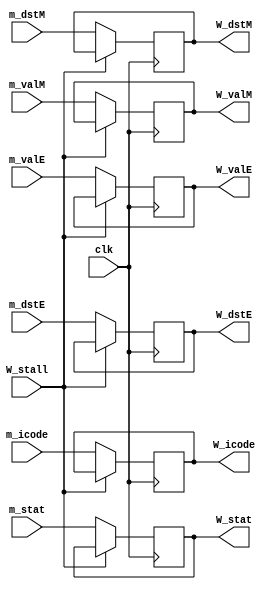
`timescale 1ns / 1ps

module w_register (
    input clk, W_stall,
    input [1:0] m_stat,
    input [3:0] m_icode,
    input [63:0] m_valE,
    input [63:0] m_valM,
    input [3:0] m_dstE,
    input [3:0] m_dstM,

    output reg [1:0] W_stat,
    output reg [3:0] W_icode,
    output reg [63:0] W_valE,
    output reg [63:0] W_valM,
    output reg [3:0] W_dstE,
    output reg [3:0] W_dstM   
);

always @(posedge clk ) begin
    
    if(!W_stall) begin
        W_stat <= m_stat;
        W_icode <= m_icode;
        W_valE <= m_valE;
        W_valM <= m_valM;
        W_dstE <= m_dstE;
        W_dstM <= m_dstM;
    end
end
    
endmodule